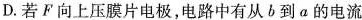
D.若F向上压膜片电极，电路中有从b到a的电流